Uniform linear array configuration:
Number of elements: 16
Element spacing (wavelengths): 0.25
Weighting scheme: uniform
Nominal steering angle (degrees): -60
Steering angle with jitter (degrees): -60.158
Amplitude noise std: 0.05
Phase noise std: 0.05

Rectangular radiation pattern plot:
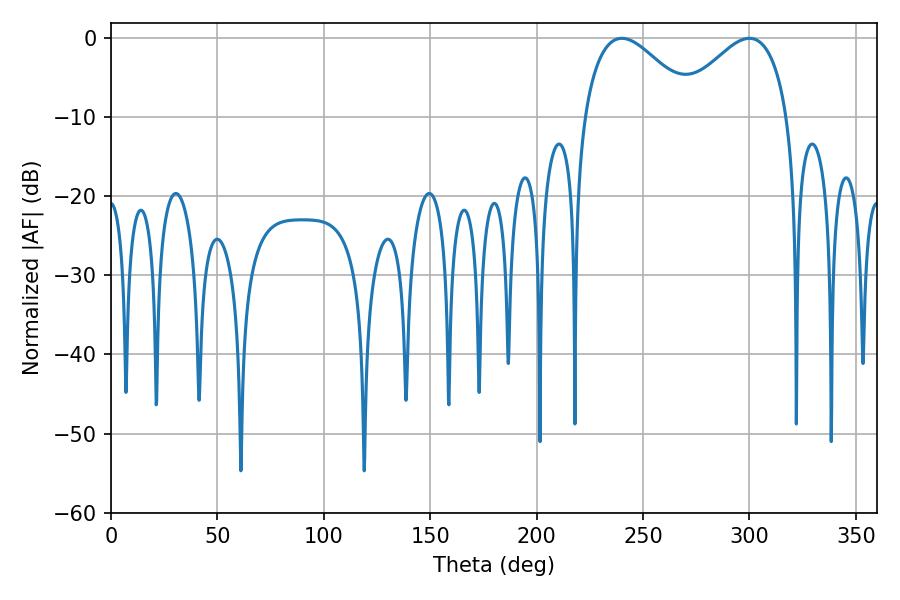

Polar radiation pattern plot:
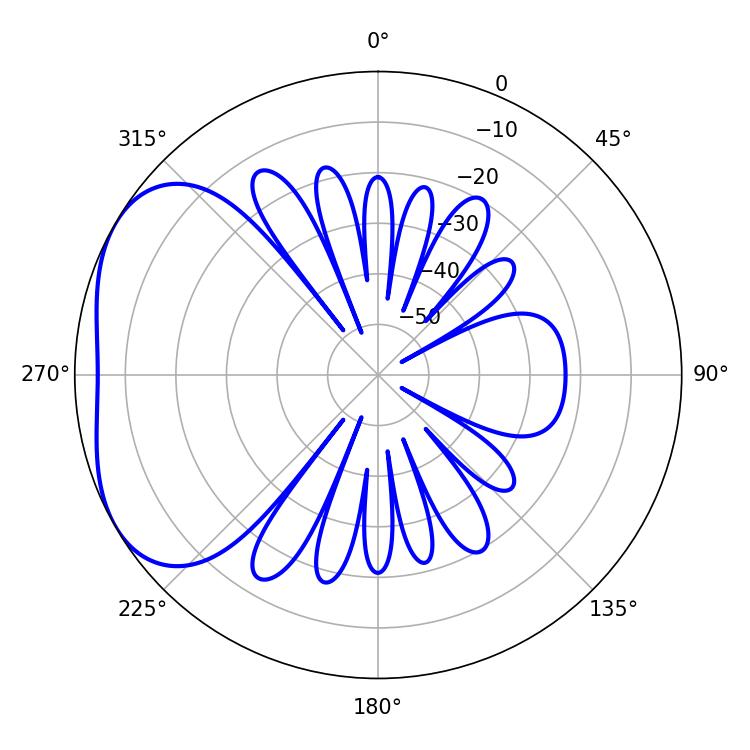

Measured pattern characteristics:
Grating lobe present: FALSE
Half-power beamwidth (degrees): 28.44
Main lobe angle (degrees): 239.94